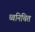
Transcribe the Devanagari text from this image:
ध्वनिचित